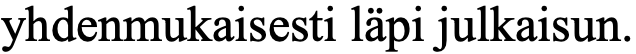
yhdenmukaisesti läpi julkaisun.